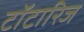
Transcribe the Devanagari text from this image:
टॉटारिज